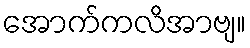
အောက်ကလိအာဗျ။